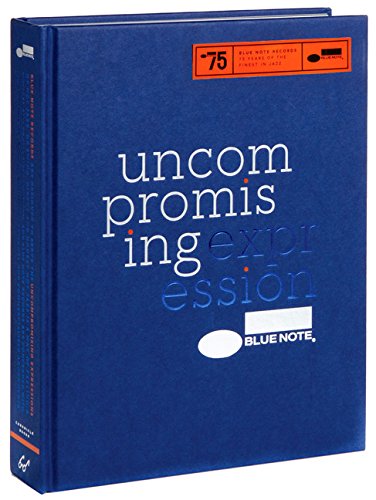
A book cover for Blue Note: Uncompromising Expression; Richard Havers; Arts & Photography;